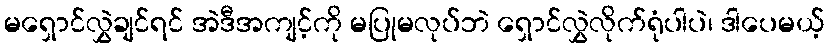
မရှောင်လွှဲချင်ရင် အဲဒီအကျင့်ကို မပြုမလုပ်ဘဲ ရှောင်လွှဲလိုက်ရုံပါပဲ၊ ဒါပေမယ့်